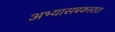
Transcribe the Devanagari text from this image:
अभ्यासप्रकारात